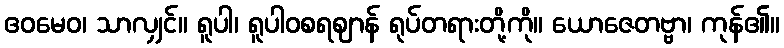
ဧဝမေဝ၊ သာလျှင်။ ရူပါ၊ ရူပါဝစရဈာန် ရုပ်တရားတို့ကို။ ယောဇေတဗ္ဗာ၊ ကုန်၏။